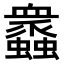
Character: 𧕠